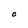
Character: O